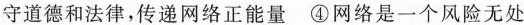
守道德和法律，传递网络正能量 ④网络是一个风险无处